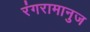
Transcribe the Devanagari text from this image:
रंगरामानुज